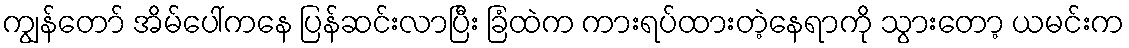
ကျွန်တော် အိမ်ပေါ်ကနေ ပြန်ဆင်းလာပြီး ခြံထဲက ကားရပ်ထားတဲ့နေရာကို သွားတော့ ယမင်းက